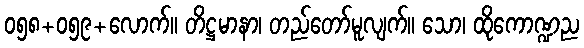
၀၅၈+၀၅၉+လောက်။ တိဋ္ဌမာနာ၊ တည်တော်မူလျက်။ သော၊ ထိုကောဏ္ဍည